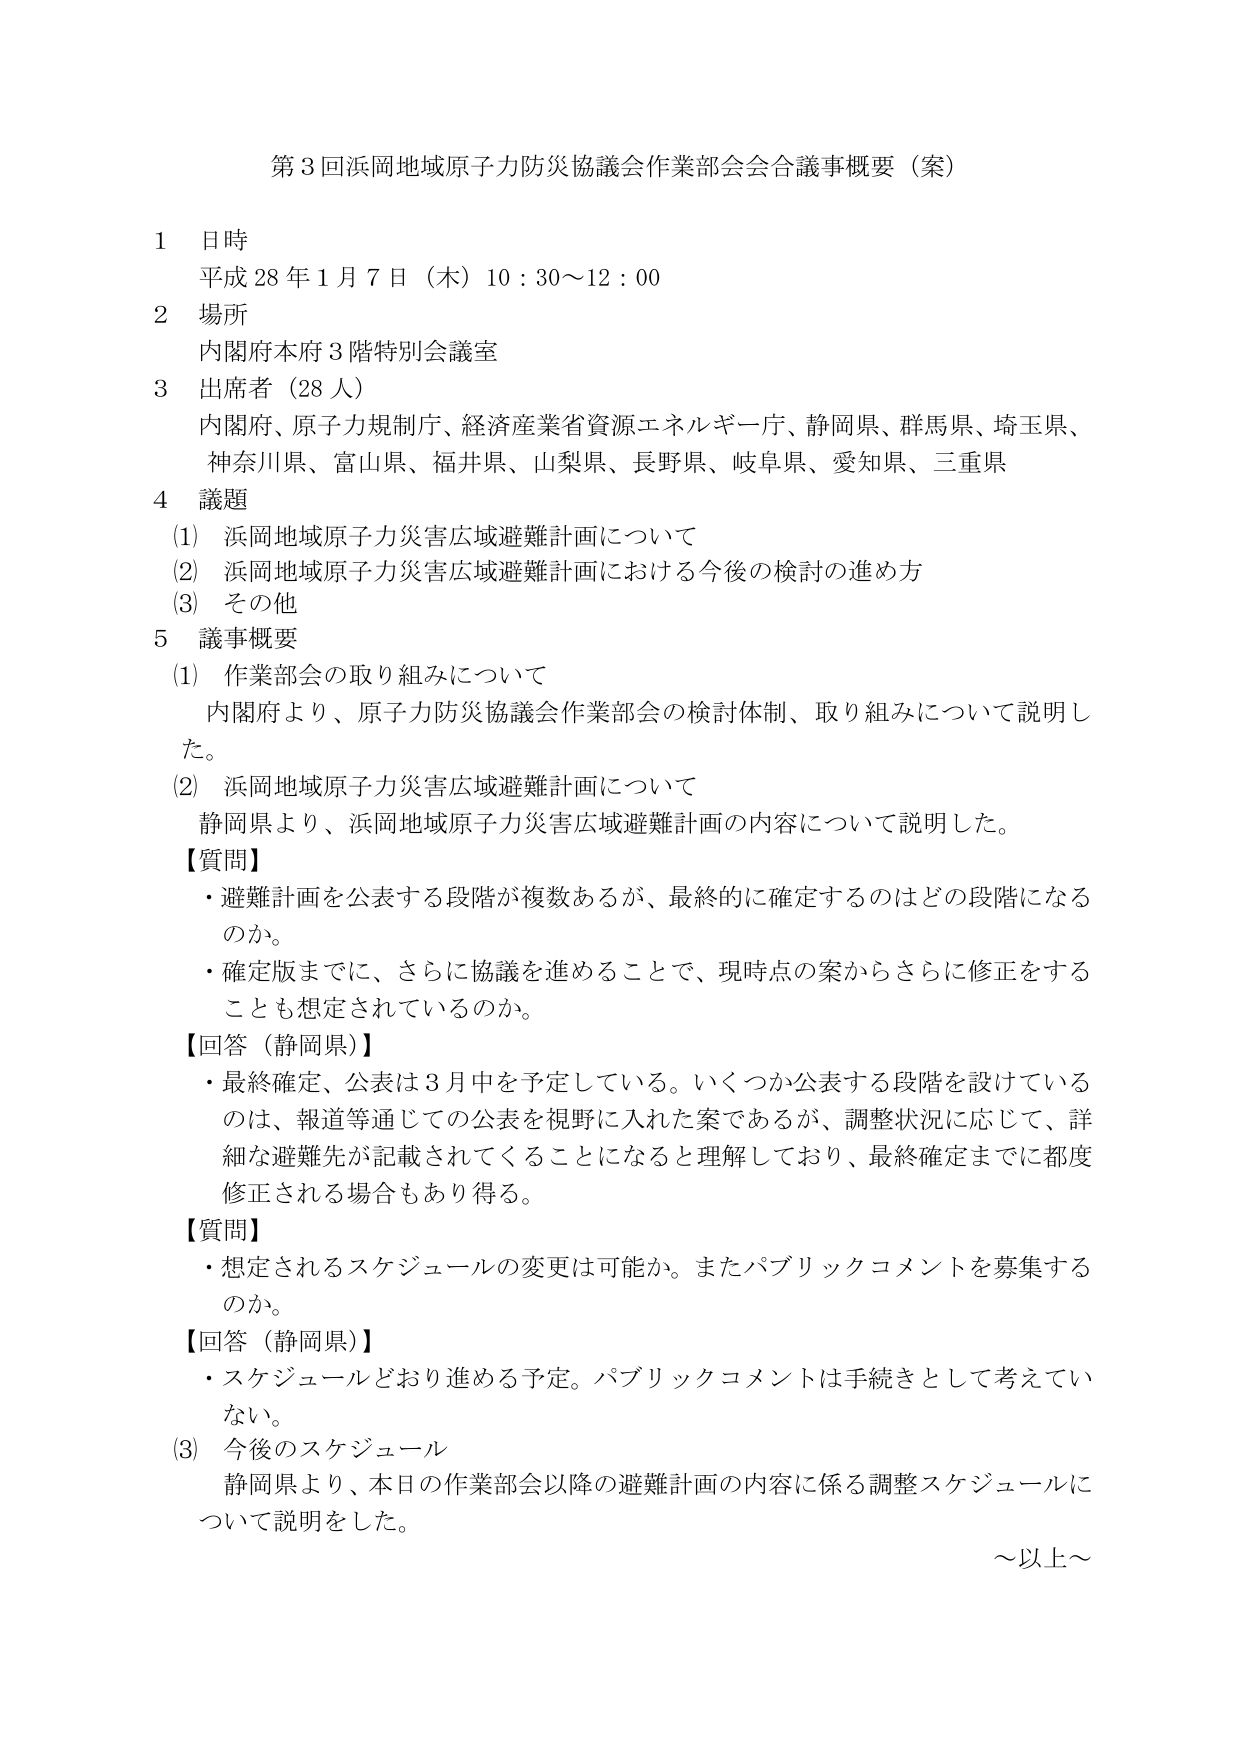
第３回浜岡地域原子力防災協議会作業部会会合議事概要（案）

１ 日時
平成28年1月7日（木）10：30～12：00

２ 場所
内閣府本府3階特別会議室

３ 出席者（28人）
内閣府、原子力規制庁、経済産業省資源エネルギー庁、静岡県、群馬県、埼玉県、
神奈川県、富山県、福井県、山梨県、長野県、岐阜県、愛知県、三重県

４ 議題
(1) 浜岡地域原子力災害広域避難計画について
(2) 浜岡地域原子力災害広域避難計画における今後の検討の進め方
(3) その他

５ 議事概要
(1) 作業部会の取り組みについて
　内閣府より、原子力防災協議会作業部会の検討体制、取り組みについて説明した。

(2) 浜岡地域原子力災害広域避難計画について
　静岡県より、浜岡地域原子力災害広域避難計画の内容について説明した。

【質問】
・避難計画を公表する段階が複数あるが、最終的に確定するのはどの段階になるのか。
・確定版までに、さらに協議を進めることで、現時点の案からさらに修正をすることも想定されているのか。

【回答（静岡県）】
・最終確定、公表は3月中を予定している。いくつか公表する段階を設けているのは、報道等通じての公表を視野に入れた案であるが、調整状況に応じて、詳細な避難先が記載されてくることになると理解しており、最終確定までに都度修正される場合もあり得る。

【質問】
・想定されるスケジュールの変更は可能か。またパブリックコメントを募集するのか。

【回答（静岡県）】
・スケジュールどおり進める予定。パブリックコメントは手続きとして考えていない。

(3) 今後のスケジュール
　静岡県より、本日の作業部会以降の避難計画の内容に係る調整スケジュールについて説明をした。

～以上～